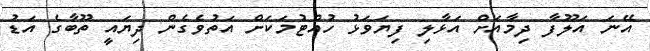
އޭނަ އަލޫފާ ދިމާއަށް އަޅާލި ފިޔަވަޅު ހުއްޓުމަކަށް އަތުވެގެން ދިޔައީ ތޫބާގެ އަޑު